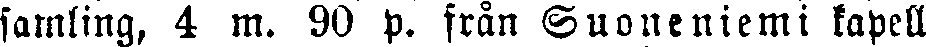
samling, 4 m. 90 p. från Suoneniemi kapell